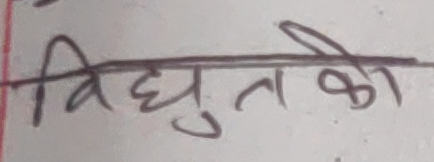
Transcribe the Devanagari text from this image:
विद्युतको